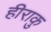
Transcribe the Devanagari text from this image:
हीराकु